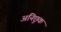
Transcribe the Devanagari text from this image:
अनिछुक